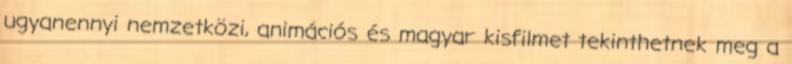
ugyanennyi nemzetközi, animációs és magyar kisfilmet tekinthetnek meg a